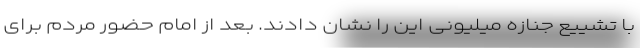
با تشییع جنازه میلیونی این را نشان دادند. بعد از امام حضور مردم برای